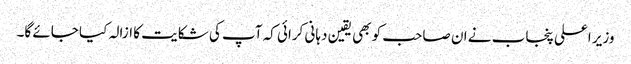
وزیر اعلی پنجاب نے ان صاحب کو بھی یقین دہانی کرائی کہ آپ کی شکایت کا ازالہ کیا جائے گا۔